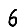
Digit: 6